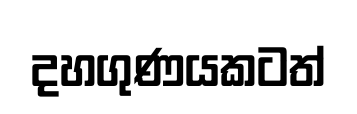
දහගුණයකටත්